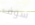
سوف